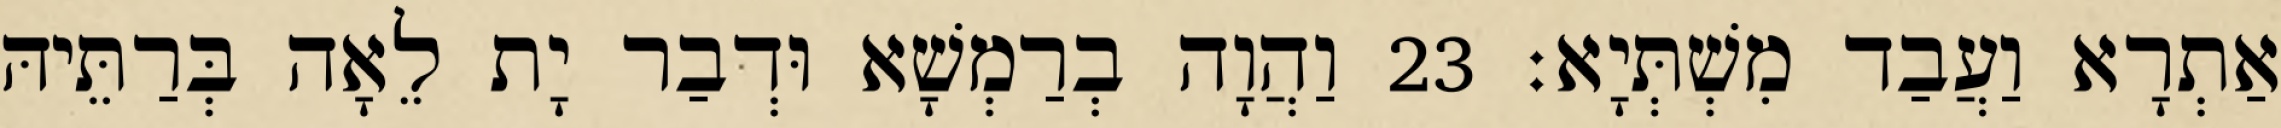
אַתְרָא וַעֲבַד מִשְׁתְּיָא׃ 23 וַהֲוָה בְרַמְשָׁא וּדְבַר יָת לֵאָה בְּרַתֵּיהּ